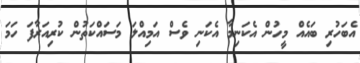
އެބަހުރި ބައެއް މީހުން އެކަނިމާ އެކަނި ވެސް އަމިއްލަ މަސައްކަތުން ކުރިއަރާފަ ހަމަ